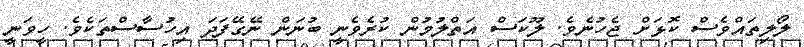
ލޯލިތައްވެސް ކޮޅަށް ޖެހުނެވެ. ލޫކަސް އަތްލުމުން ކުރެވެނީ ބުނަން ނޭގޭފަދަ އިހުސާސްތަކެވެ. ހީވަނީ